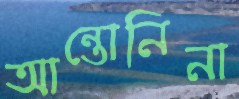
আন্তোনিনা